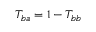
T _ { b a } = 1 - T _ { b b }